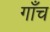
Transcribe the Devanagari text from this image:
गाँच